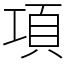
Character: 項